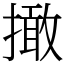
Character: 撖